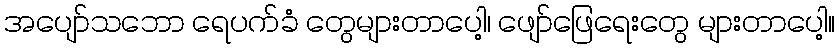
အပျော်သဘော ရေပက်ခံ တွေများတာပေါ့၊ ဖျော်ဖြေရေးတွေ များတာပေါ့။